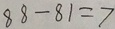
8 8 - 8 1 = 7